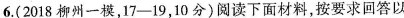
6.(2018柳州一模，17—19，10分)阅读下面材料，按要求回答以